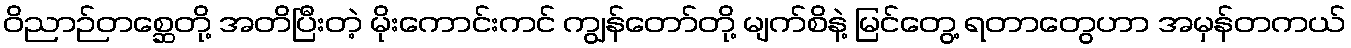
ဝိညာဉ်တစ္ဆေတို့ အတိပြီးတဲ့ မိုးကောင်းကင် ကျွန်တော်တို့ မျက်စိနဲ့ မြင်တွေ့ ရတာတွေဟာ အမှန်တကယ်